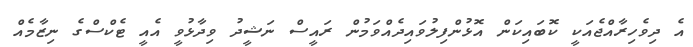
އެ ދިވެހިރާއްޖެއަކީ ކޮބައިކަން އޮޅުންފިލުވައިދެއްވަމުން ރައީސް ނަޝީދު ވިދާޅުވީ އެއީ ޓެކްސްގެ ނިޒާމެއް